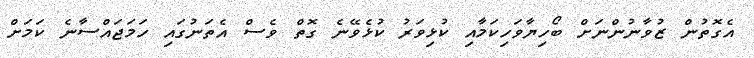
އެގޮތުން ޒުވާނުންނަށް ބޯހިޔާވަހިކަމާއި ކުޅިވަރު ކުޅެވޭނެ ގޮތް ވެސް އެތަނުގައި ހަމަޖައްސާނެ ކަމަށް